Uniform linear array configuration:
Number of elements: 24
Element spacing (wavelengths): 1
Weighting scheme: cosine
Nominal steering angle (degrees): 30
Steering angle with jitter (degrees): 29.051
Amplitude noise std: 0.05
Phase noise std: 0.05

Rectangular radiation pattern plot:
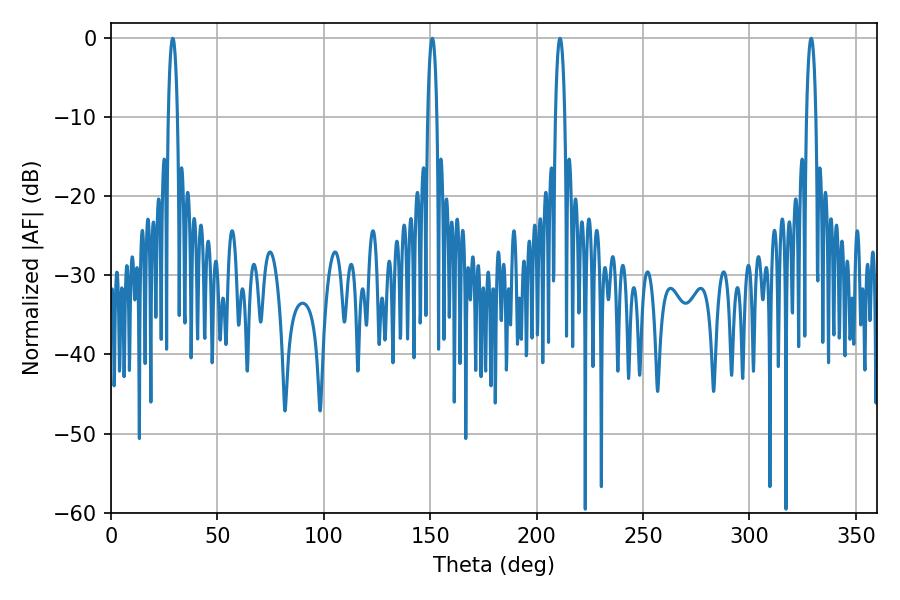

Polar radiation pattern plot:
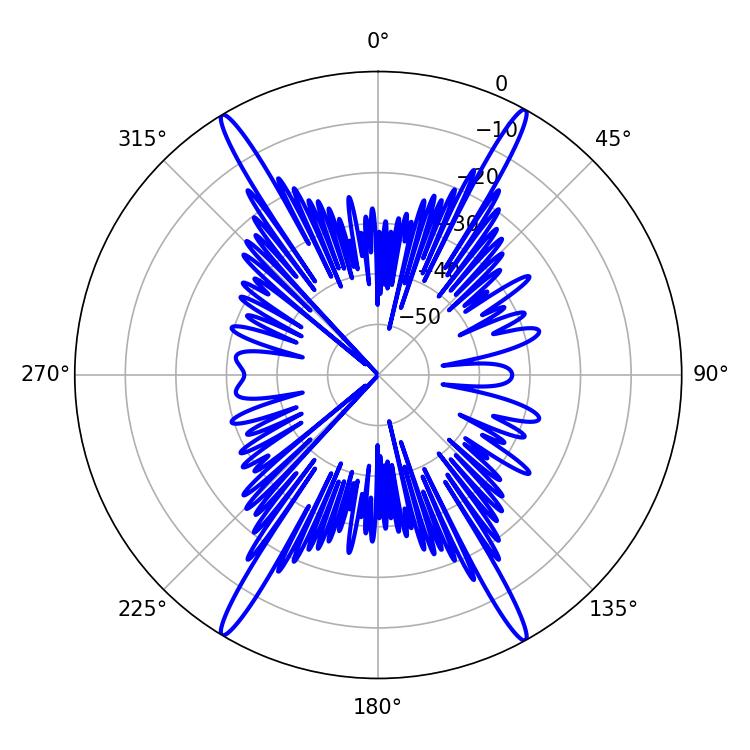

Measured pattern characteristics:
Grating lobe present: TRUE
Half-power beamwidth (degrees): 2.52
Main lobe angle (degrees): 210.96